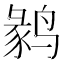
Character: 𱊘